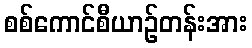
စစ်ကောင်စီယာဉ်တန်းအား